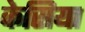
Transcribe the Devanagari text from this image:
केसिया